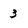
Character: 3